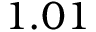
1 . 0 1